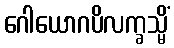
ဂေါယောဂပိလက္ခသ္မိံ